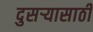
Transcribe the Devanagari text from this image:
दुसर्‍यासाठी